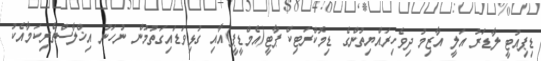
ޑިޕިއުޓީ ލާޑަރު އަލީ އާޒިމު ދިވެހިރައްޔިތުންގެ ޑިމޮކްރަޓިކް ޕާޓީ(އެމްޑީޕީ)އާއި ގުޅިވަޑައިގަތުމުން ނުހަނު އިޚްލާސްތެރިކަމާއެކު